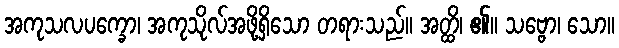
အကုသလပက္ခော၊ အကုသိုလ်အဖို့ရှိသော တရားသည်။ အတ္ထိ၊ ၏။ သဗ္ဗော၊ သော။